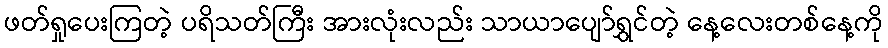
ဖတ်ရှုပေးကြတဲ့ ပရိသတ်ကြီး အားလုံးလည်း သာယာပျော်ရွှင်တဲ့ နေ့လေးတစ်နေ့ကို